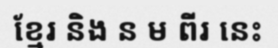
ខ្មែរ និង ន ម ពីរ នេះ